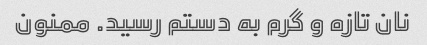
نان تازه و گرم به دستم رسید. ممنون